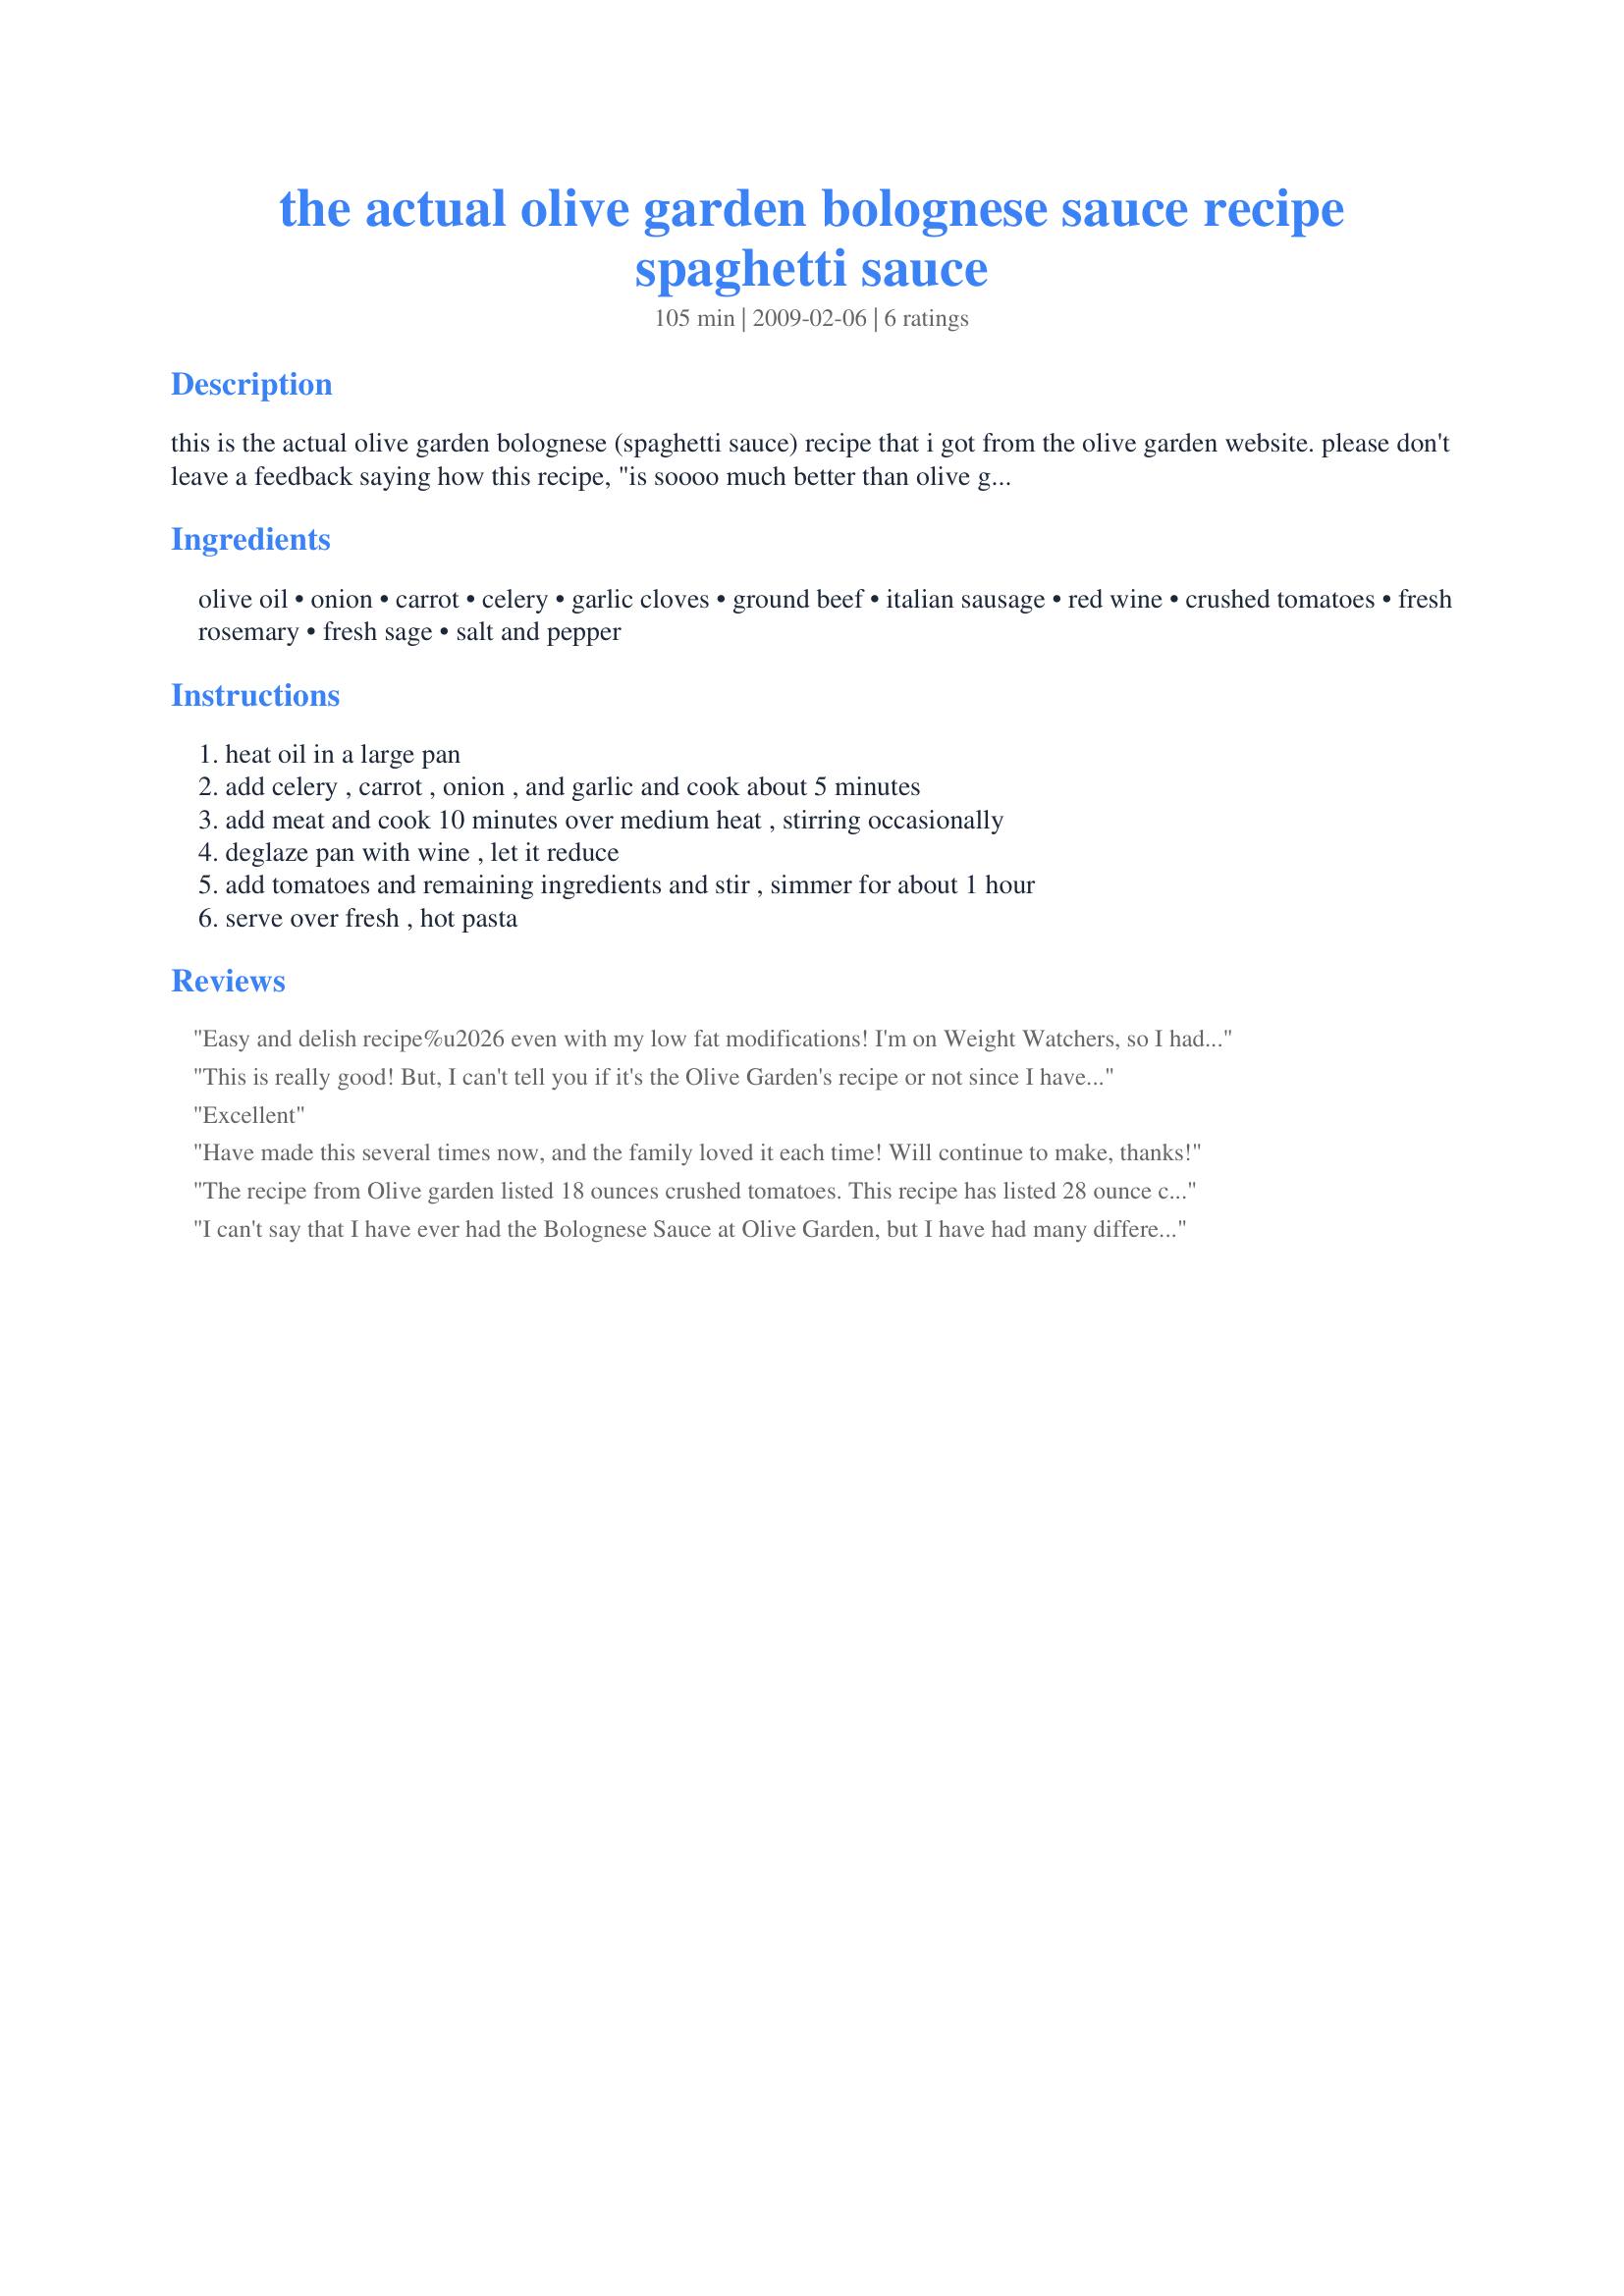
the actual olive garden bolognese sauce recipe spaghetti sauce
Preparation time: 105 minutes

this is the actual olive garden bolognese (spaghetti sauce) recipe that i got from the olive garden website. please don't leave a feedback saying how this recipe, "is soooo much better than olive garden's", or how it is, "close to olive garden's, but no cigar". it is olive garden's recipe. now we just have to figure out how they make their breadsticks!
i like to throw the cooked veggies in the blender so my son doesn't realize that they're in there! ;)

Ingredients:
olive oil, onion, carrot, celery, garlic cloves, ground beef, italian sausage, red wine, crushed tomatoes, fresh rosemary, fresh sage, salt and pepper

Steps:
heat oil in a large pan, add celery , carrot , onion , and garlic and cook about 5 minutes, add meat and cook 10 minutes over medium heat , stirring occasionally, deglaze pan with wine , let it reduce, add tomatoes and remaining ingredients and stir , simmer for about 1 hour, serve over fresh , hot pasta

Reviews:
Easy and delish recipe%u2026 even with my low fat modifications! I'm on Weight Watchers, so I had to skip the sausage and go with 1 lb of 93% lean ground beef. Didn't have fresh herbs so went with the dry, and I only had a can of heavy pureed tomatoes on hand, which worked out fine. I added some crushed red pepper, since I like a little kick. Tasty, over whole wheat pasta! :) Thanks for the recipe!
This is really good! But, I can't tell you if it's the Olive Garden's recipe or not since I haven't eaten there in many years. As a personal preference, I only used 1/2 an onion and diced turkey sausage. I allowed 10 minutes for reducing after adding the wine. I used a 28 oz. can of tomatoes & was really glad I did since the sauce reduces quite a bit during the simmering time. This is a very thick, rich, meaty sauce. I served over angel hair.
Excellent
Have made this several times now, and the family loved it each time! Will continue to make, thanks!
The recipe from Olive garden listed 18 ounces crushed tomatoes. This recipe has listed 28 ounce can. Because of this, the taste was average.
I can't say that I have ever had the Bolognese Sauce at Olive Garden, but I have had many different other ones. This is really good; my eldest daughter told me it is her favorite sauce I make....sadly, even better than my 4th generation Italian Spaghetti Sauce (Sunday Gravy) passed down from my Great-Great Grandmother Maria Concetta Scalzo who came to the US from Calabria. I think she is wrong by the way :) But all the same, this is a good sauce. I used 1 pound of Italian sausage instead of mixing the two different meats and it turned out good. I kept everything else the same.
